Indian journal of veterinary science and animal husbandry - Volume 7,
Year: 1937
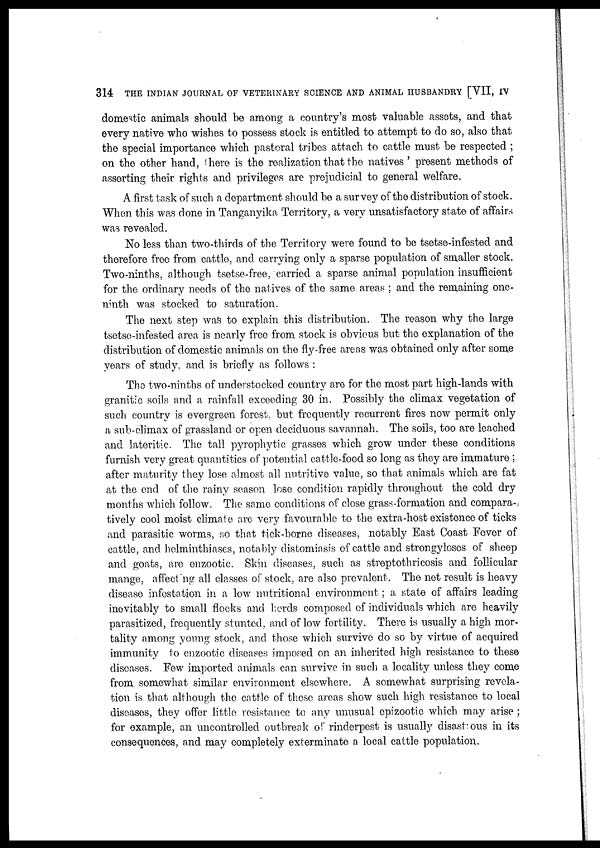
314 THE INDIAN JOURNAL OF VETERINARY SCIENCE AND ANIMAL HUSBANDRY [VII, IV
domestic animals should be among a country's most valuable assets, and that
every native who wishes to possess stock is entitled to attempt to do so, also that
the special importance which pastoral tribes attach to cattle must be respected ;
on the other hand, there is the realization that the natives ' present methods of
asserting their rights and privileges are prejudicial to general welfare.
A first task of such a department should be a survey of the distribution of stock.
When this was done in Tanganyika Territory, a very unsatisfactory state of affairs
was revealed.
No less than two-thirds of the Territory were found to be tsetse-infested and
therefore free from cattle, and carrying only a sparse population of smaller stock.
Two-ninths, although tsetse-free, carried a sparse animal population insufficient
for the ordinary needs of the natives of the same areas ; and the remaining one-
ninth was stocked to saturation.
The next step was to explain this distribution. The reason why the large
tsetse-infested area is nearly free from stock is obvious but the explanation of the
distribution of domestic animals on the fly-free areas was obtained only after some
years of study, and is briefly as follows :
The two-ninths of understocked country are for the most part high-lands with
granitic soils and a rainfall exceeding 30 in. Possibly the climax vegetation of
such country is evergreen forest, but frequently recurrent fires now permit only
a sub-climax of grassland or open deciduous savannah. The soils, too are leached
and lateritic. The tall pyrophytic grasses which grow under these conditions
furnish very great quantities of potential cattle-food so long as they are immature ;
after maturity they lose almost all nutritive value, so that animals which are fat
at the end of the rainy season lose condition rapidly throughout the cold dry
months which follow. The same conditions of close grass-formation and compara¬
tively cool moist climate are very favourable to the extra-host existence of ticks
and parasitic worms, so that tick-borne diseases, notably East Coast Fever of
cattle, and helminthiases, notably distomiasis of cattle and strongyloses of sheep
and goats, are enzootic. Skin diseases, such as streptothricosis and follicular
mange, affecting all classes of stock, are also prevalent. The net result is heavy
disease infestation in a low nutritional environment; a state of affairs leading
inevitably to small flocks and herds composed of individuals which are heavily
parasitized, frequently stunted, and of low fertility. There is usually a high mor-
tality among young stock, and those which survive do so by virtue of acquired
immunity to enzootic diseases imposed on an inherited high resistance to these
diseases. Few imported animals can survive in such a locality unless they come
from somewhat similar environment elsewhere. A somewhat surprising revela-
tion is that although the cattle of these areas show such high resistance to local
diseases, they offer little resistance to any unusual epizootic which may arise ;
for example, an uncontrolled outbreak of rinderpest is usually disastrous in its
consequences, and may completely exterminate a local cattle population.